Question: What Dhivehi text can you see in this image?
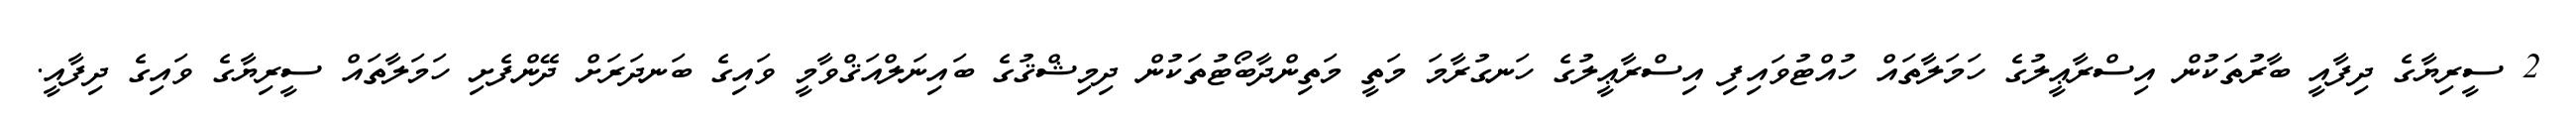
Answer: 2 ސީރިޔާގެ ދިފާއީ ބާރުތަކުން އިސްރާޢީލުގެ ހަމަލާތައް ހުއްޓުވައިފި އިސްރާޢީލުގެ ހަނގުރާމަ މަތީ މަތިންދާބޯޓުތަކުން ދިމިޝްޤުގެ ބައިނަލްއަޤްވާމީ ވައިގެ ބަނދަރަށް ދޭންފެށި ހަމަލާތައް ސީރިޔާގެ ވައިގެ ދިފާއީ.